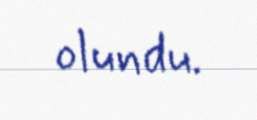
olundu.